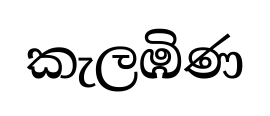
කැලඹිණ